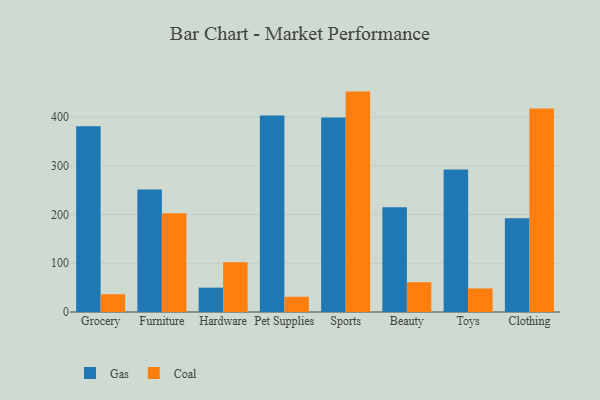
{"axis": {"x": "Category", "y": "Demand Index"}, "legend": ["Coal", "Gas"], "data": [{"x": "Grocery", "y": 381.4, "type": "Gas"}, {"x": "Grocery", "y": 36.4, "type": "Coal"}, {"x": "Furniture", "y": 251.4, "type": "Gas"}, {"x": "Furniture", "y": 202.5, "type": "Coal"}, {"x": "Hardware", "y": 50.0, "type": "Gas"}, {"x": "Hardware", "y": 102.1, "type": "Coal"}, {"x": "Pet Supplies", "y": 403.6, "type": "Gas"}, {"x": "Pet Supplies", "y": 31.3, "type": "Coal"}, {"x": "Sports", "y": 399.1, "type": "Gas"}, {"x": "Sports", "y": 452.5, "type": "Coal"}, {"x": "Beauty", "y": 215.2, "type": "Gas"}, {"x": "Beauty", "y": 61.2, "type": "Coal"}, {"x": "Toys", "y": 292.7, "type": "Gas"}, {"x": "Toys", "y": 48.3, "type": "Coal"}, {"x": "Clothing", "y": 192.4, "type": "Gas"}, {"x": "Clothing", "y": 417.9, "type": "Coal"}]}